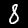
Label: 8